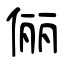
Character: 俪